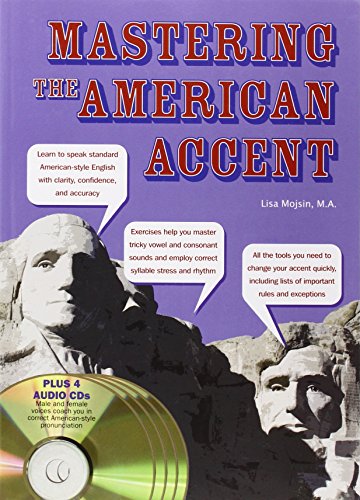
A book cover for Mastering the American Accent; Lisa Mojsin M.A.; Reference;